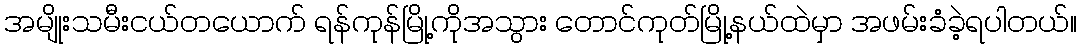
အမျိုးသမီးငယ်တယောက် ရန်ကုန်မြို့ကိုအသွား တောင်ကုတ်မြို့နယ်ထဲမှာ အဖမ်းခံခဲ့ရပါတယ်။